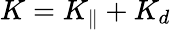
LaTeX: K=K_{\| }+K_{d}